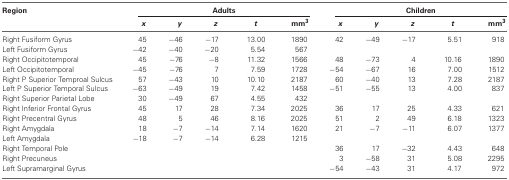
| Region | <COLSPAN=5> Adults | <COLSPAN=5> Children |
 |  | x | y | z | t | mm3 | x | y | z | t | mm3 |
 | --- | --- | --- | --- | --- | --- | --- | --- | --- | --- | --- |
 | Right Fusiform Gyrus | 45 | −46 | −17 | 13.00 | 1890 | 42 | −49 | −17 | 5.51 | 918 |
 | Left Fusiform Gyrus | −42 | −40 | −20 | 5.54 | 567 |
 | Right Occipitotemporal | 45 | −76 | −8 | 11.32 | 1566 | 48 | −73 | 4 | 10.16 | 1890 |
 | Left Occipitotemporal | −45 | −76 | 7 | 7.59 | 1728 | −54 | −67 | 16 | 7.00 | 1512 |
 | Right P Superior Temproal Sulcus | 57 | −43 | 10 | 10.10 | 2187 | 60 | −40 | 13 | 7.28 | 2187 |
 | Left P Superior Temporal Sulcus | −63 | −49 | 19 | 7.42 | 1458 | −51 | −55 | 13 | 4.00 | 837 |
 | Right Superior Parietal Lobe | 30 | −49 | 67 | 4.55 | 432 |
 | Right Inferior Frontal Gyrus | 45 | 17 | 28 | 7.34 | 2025 | 36 | 17 | 25 | 4.33 | 621 |
 | Right Precentral Gyrus | 48 | 5 | 46 | 8.16 | 2025 | 51 | 2 | 49 | 6.18 | 1323 |
 | Right Amygdala | 18 | −7 | −14 | 7.14 | 1620 | 21 | −7 | −11 | 6.07 | 1377 |
 | Left Amygdala | −18 | −7 | −14 | 6.28 | 1215 |
 | Right Temporal Pole |  |  |  |  |  | 36 | 17 | −32 | 4.43 | 648 |
 | Right Precuneus |  |  |  |  |  | 3 | −58 | 31 | 5.08 | 2295 |
 | Left Supramarginal Gyrus |  |  |  |  |  | −54 | −43 | 31 | 4.17 | 972 |